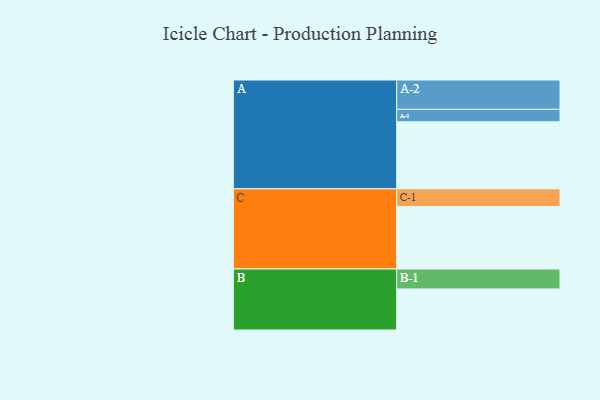
{"axis": {"x": "Segment", "y": "Value"}, "legend": ["", "A", "B", "C"], "data": [{"x": "A", "y": 503, "type": ""}, {"x": "B", "y": 308, "type": ""}, {"x": "C", "y": 469, "type": ""}, {"x": "A-1", "y": 94, "type": "A"}, {"x": "A-2", "y": 220, "type": "A"}, {"x": "B-1", "y": 150, "type": "B"}, {"x": "C-1", "y": 133, "type": "C"}]}